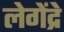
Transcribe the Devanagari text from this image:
लेगेंद्रे